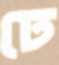
ঢে